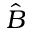
\hat { B }